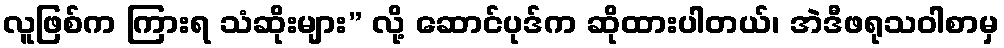
လူဖြစ်က ကြားရ သံဆိုးများ” လို့ ဆောင်ပုဒ်က ဆိုထားပါတယ်၊ အဲဒီဖရုသဝါစာမှ